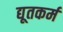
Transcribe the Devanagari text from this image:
द्यूतकर्म